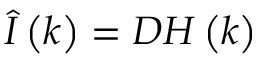
\hat { I } \left( k \right) = D { \cal H } \left( k \right)